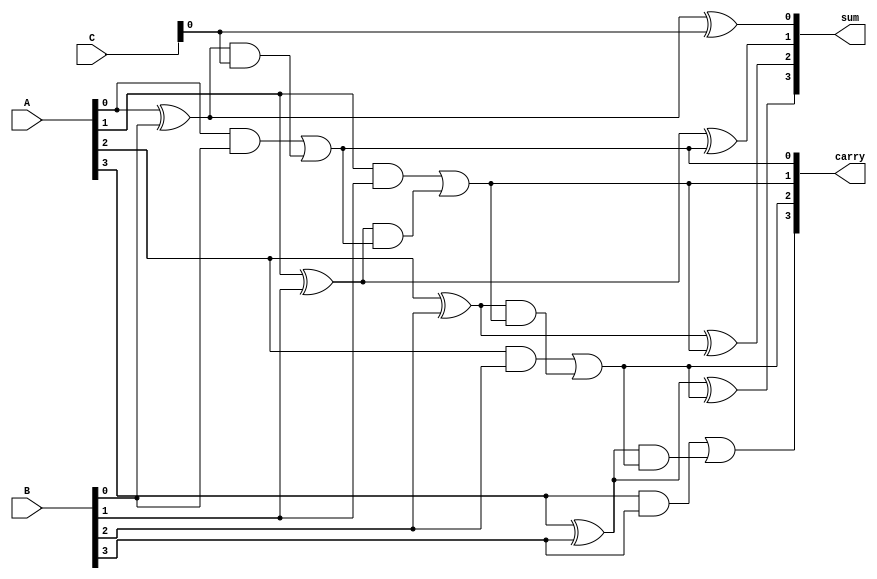
module dynamic_csa #(parameter N = 4)(
    input [N-1:0] A,     // First input
    input [N-1:0] B,     // Second input
    input [N-1:0] C,     // Third input (optional, can be extended for more inputs)
    output [N-1:0] sum,   // Sum output
    output [N-1:0] carry   // Carry output
);

    wire [N-1:0] ha_sum; // Half adder sum outputs
    wire [N-1:0] ha_carry; // Half adder carry outputs
    wire [N-1:0] fa_sum; // Full adder sum outputs
    wire [N-1:0] fa_carry; // Full adder carry outputs
    wire [N-1:0] carry_temp; // Intermediate carry for further addition

    // Half Adder for A and B
    genvar i;
    generate
        for (i = 0; i < N; i = i + 1) begin : half_adder
            assign ha_sum[i] = A[i] ^ B[i]; // Sum output
            assign ha_carry[i] = A[i] & B[i]; // Carry output
        end
    endgenerate

    // Full Adder for A, B and C
    generate
        for (i = 0; i < N; i = i + 1) begin : full_adder
            if (i == 0) begin
                assign fa_sum[i] = ha_sum[i] ^ C[i]; // Sum output
                assign fa_carry[i] = ha_carry[i] | (ha_sum[i] & C[i]); // Carry output
            end else begin
                assign fa_sum[i] = ha_sum[i] ^ carry_temp[i-1]; // Sum output
                assign fa_carry[i] = ha_carry[i] | (ha_sum[i] & carry_temp[i-1]); // Carry output
            end
            assign carry_temp[i] = fa_carry[i]; // Store carry for next bit
        end
    endgenerate

    // Final Outputs
    assign sum = fa_sum; // Final sum output
    assign carry = fa_carry; // Final carry output

endmodule